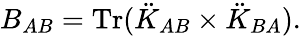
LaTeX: B_{AB}=\mathrm{Tr}(\ddot{K}_{AB}\times\ddot{K}_{BA}).